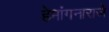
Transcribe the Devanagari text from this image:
हेमांगनाराजे